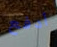
أدفع